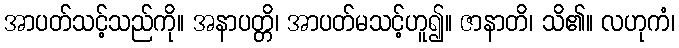
အာပတ်သင့်သည်ကို။ အနာပတ္တိ၊ အာပတ်မသင့်ဟူ၍။ ဇာနာတိ၊ သိ၏။ လဟုကံ၊